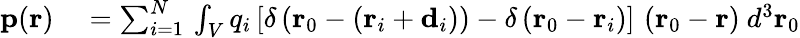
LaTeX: \begin{array}{rl}{\mathbf{p}(\mathbf{r})}&{{}=\sum_{i=1}^{N}\, \int_{V}q_{i}\left[\delta\left(\mathbf{r}_{0}-\left(\mathbf{r}_{i}+\mathbf{d}_{i}\right)\right)-\delta\left(\mathbf{r}_{0}-\mathbf{r}_{i}\right)\right]\, \left(\mathbf{r}_{0}-\mathbf{r}\right)\ d^{3}\mathbf{r}_{0}}\end{array}